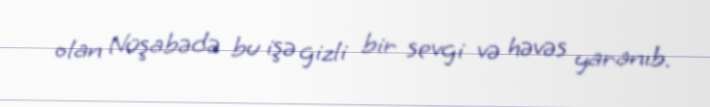
olan Nüşabədə bu işə gizli bir sevgi və həvəs yaranıb.